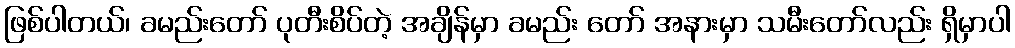
ဖြစ်ပါတယ်၊ ခမည်းတော် ပုတီးစိပ်တဲ့ အချိန်မှာ ခမည်း တော် အနားမှာ သမီးတော်လည်း ရှိမှာပါ